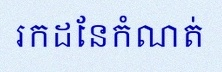
រកដែនកំណត់